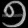
Digit: ၅